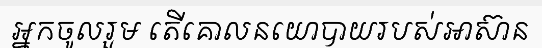
អ្នកចូលរួម តើគោលនយោបាយរបស់អាស៊ាន